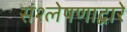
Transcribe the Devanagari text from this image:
संश्लेषणाद्वारे